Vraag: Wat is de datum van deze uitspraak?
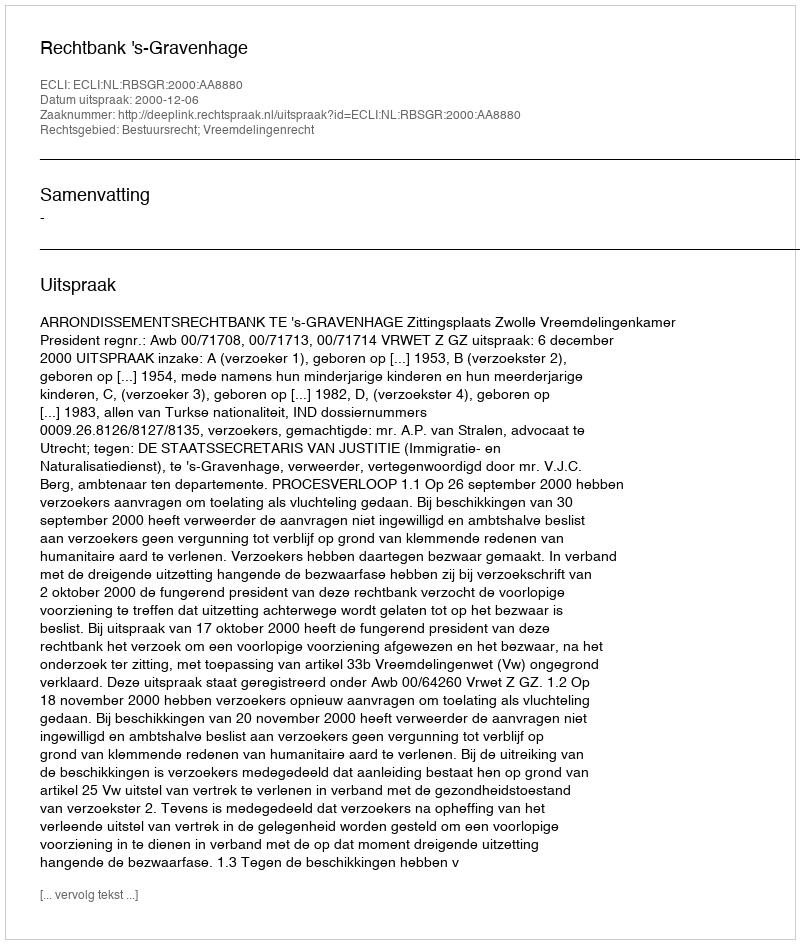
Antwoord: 2000-12-06